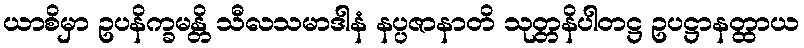
ယာစိမှာ ဥပနိက္ခမန္တိ သီလသမာဒါနံ နပ္ပဇာနာတိ သုတ္တနိပါတဋ္ဌ ဥပဋ္ဌာနတ္ထာယ